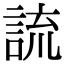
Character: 𧨆